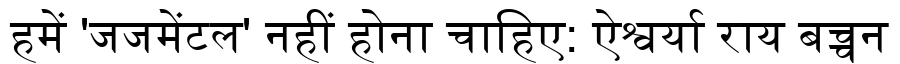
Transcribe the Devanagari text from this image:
हमें 'जजमेंटल' नहीं होना चाहिए: ऐश्वर्या राय बच्चन